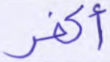
أكفر